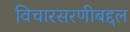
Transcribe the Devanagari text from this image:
विचारसरणीबद्दल